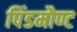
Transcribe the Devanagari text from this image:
पिंडमौण्ट